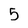
Character: 5